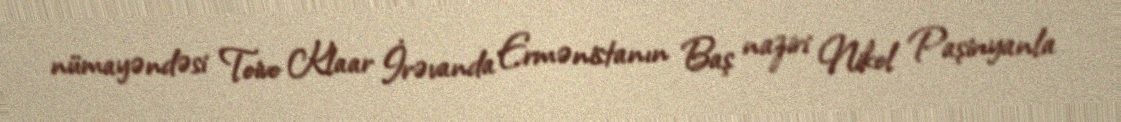
nümayəndəsi Toivo Klaar İrəvanda Ermənistanın Baş naziri Nikol Paşinyanla